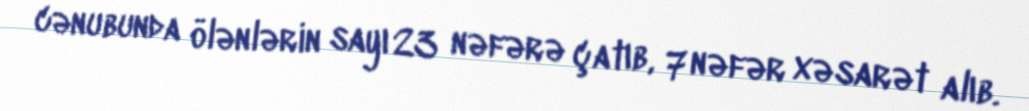
cənubunda ölənlərin sayı 23 nəfərə çatıb, 7 nəfər xəsarət alıb.